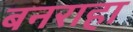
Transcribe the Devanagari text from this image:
बनराहा